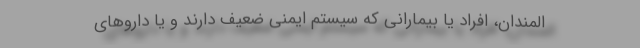
المندان، افراد یا بیمارانی که سیستم ایمنی ضعیف دارند و یا داروهای